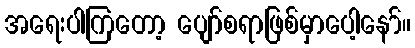
အရေးပါကြတော့ ပျော်စရာဖြစ်မှာပေါ့နော်။